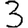
Digit: 3